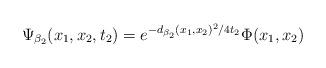
LaTeX: \begin{align*} \Psi_{\beta_2}(x_1, x_2, t_2) = e^{-d_{\beta_2}(x_1, x_2)^2/4t_2}\Phi(x_1, x_2)\end{align*}